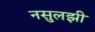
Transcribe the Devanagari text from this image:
नसुलझी